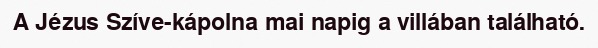
A Jézus Szíve-kápolna mai napig a villában található.